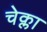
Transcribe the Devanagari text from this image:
चेक्ला